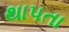
થાપતા